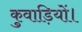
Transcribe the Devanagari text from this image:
कुवाड़ियों।